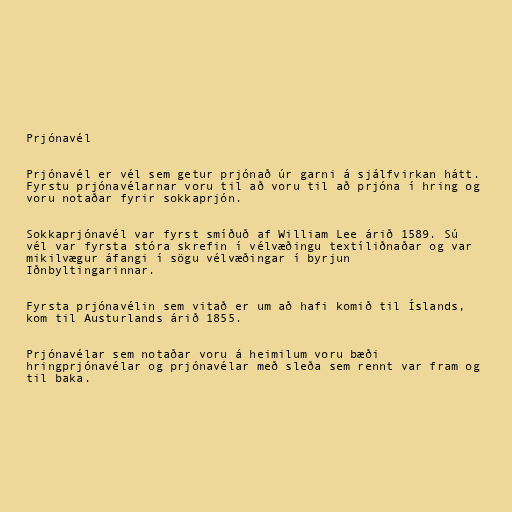
Prjónavél

Prjónavél er vél sem getur prjónað úr garni á sjálfvirkan hátt.
Fyrstu prjónavélarnar voru til að voru til að prjóna í hring og
voru notaðar fyrir sokkaprjón.

Sokkaprjónavél var fyrst smíðuð af William Lee árið 1589. Sú
vél var fyrsta stóra skrefin í vélvæðingu textíliðnaðar og var
mikilvægur áfangi í sögu vélvæðingar í byrjun
Iðnbyltingarinnar.

Fyrsta prjónavélin sem vitað er um að hafi komið til Íslands,
kom til Austurlands árið 1855.

Prjónavélar sem notaðar voru á heimilum voru bæði
hringprjónavélar og prjónavélar með sleða sem rennt var fram og
til baka.